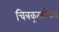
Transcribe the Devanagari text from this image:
चित्रकूटबरोबरच